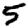
Digit: 5